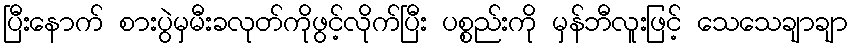
ပြီးနောက် စားပွဲမှမီးခလုတ်ကိုဖွင့်လိုက်ပြီး ပစ္စည်းကို မှန်ဘီလူးဖြင့် သေသေချာချာ